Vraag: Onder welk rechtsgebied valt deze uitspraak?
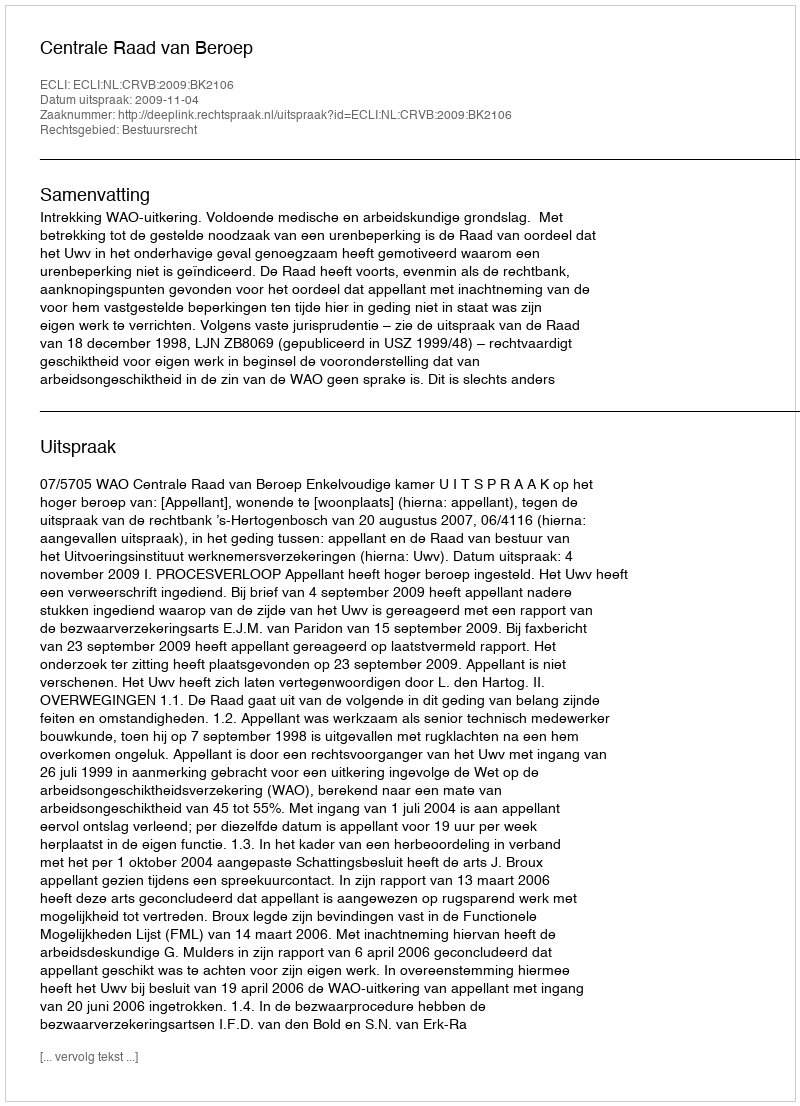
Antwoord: Bestuursrecht